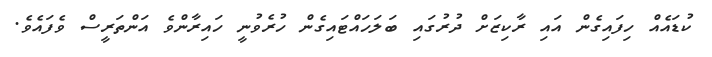
ކުޑައެއް ހިފައިގެން އައި ރާކިޒަށް ދުރުގައި ބަލަހައްޓައިގެން ހުރެވުނީ ހައިރާންވެ އަންތަރީސް ވެފައެވެ.